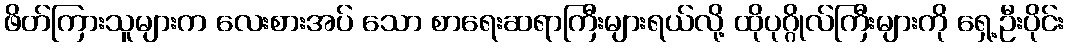
ဖိတ်ကြားသူများက လေးစားအပ် သော စာရေးဆရာကြီးများရယ်လို့ ထိုပုဂ္ဂိုလ်ကြီးများကို ရှေ့ဦးပိုင်း